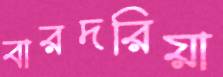
বারদরিয়া